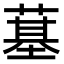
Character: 𦸀